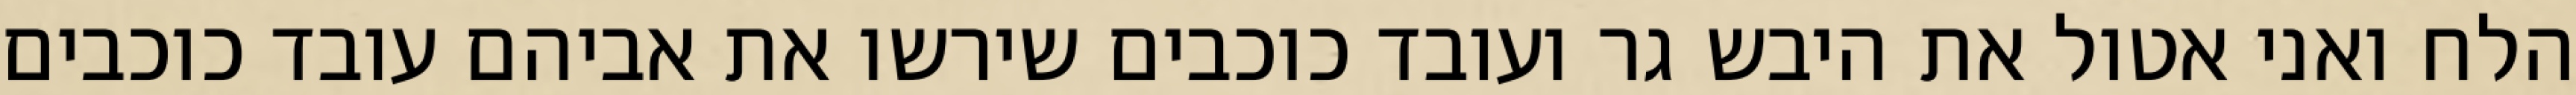
הלח ואני אטול את היבש גר ועובד כוכבים שירשו את אביהם עובד כוכבים